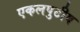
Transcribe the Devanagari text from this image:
एकलपुटीय